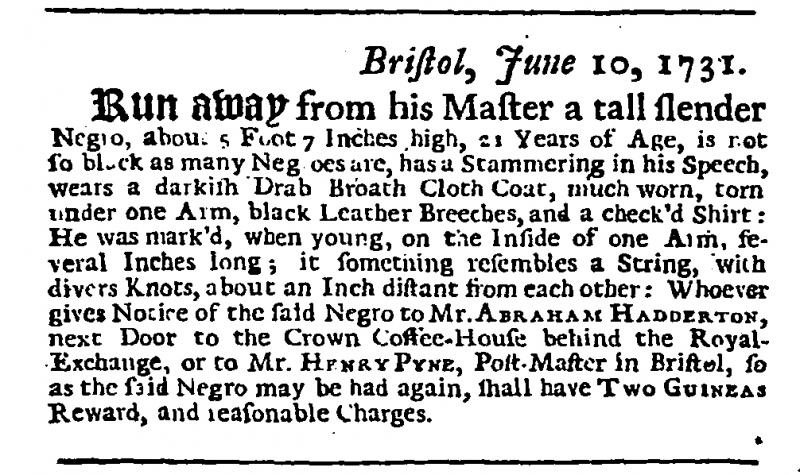
Daily Journal, 3 August 1731 (England)
                    Bristol, June 10, 1731.Run away from his Master a tall slender Negro, about 5 Foot 7 Inches high, 21 Years of Age, is not so black as many Negroes are, has a Stammering in his Speech, wears a darkish Drab Broath Cloth Coat, much worn, torn under one Arm, black Leather Breeches, and a check’d Shirt: He was mark’d, when young, on the Inside of one Arm, several Inches long; it something resembles a String, with divers Knots, about an Inch distant from each other: Whoever gives Notice of the said Negro to Mr. ABRAHAM HADDERTON, next Door to the Crown Coffee-House behind the Royal-Exchange, or to Mr. HENRY PYNE, Post-Master in Bristol, so as the said Negro may be had again, shall have TWO GUINEAS Reward, and reasonable Charges.